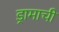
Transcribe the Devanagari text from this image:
ड्रामाची